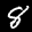
Label: 8